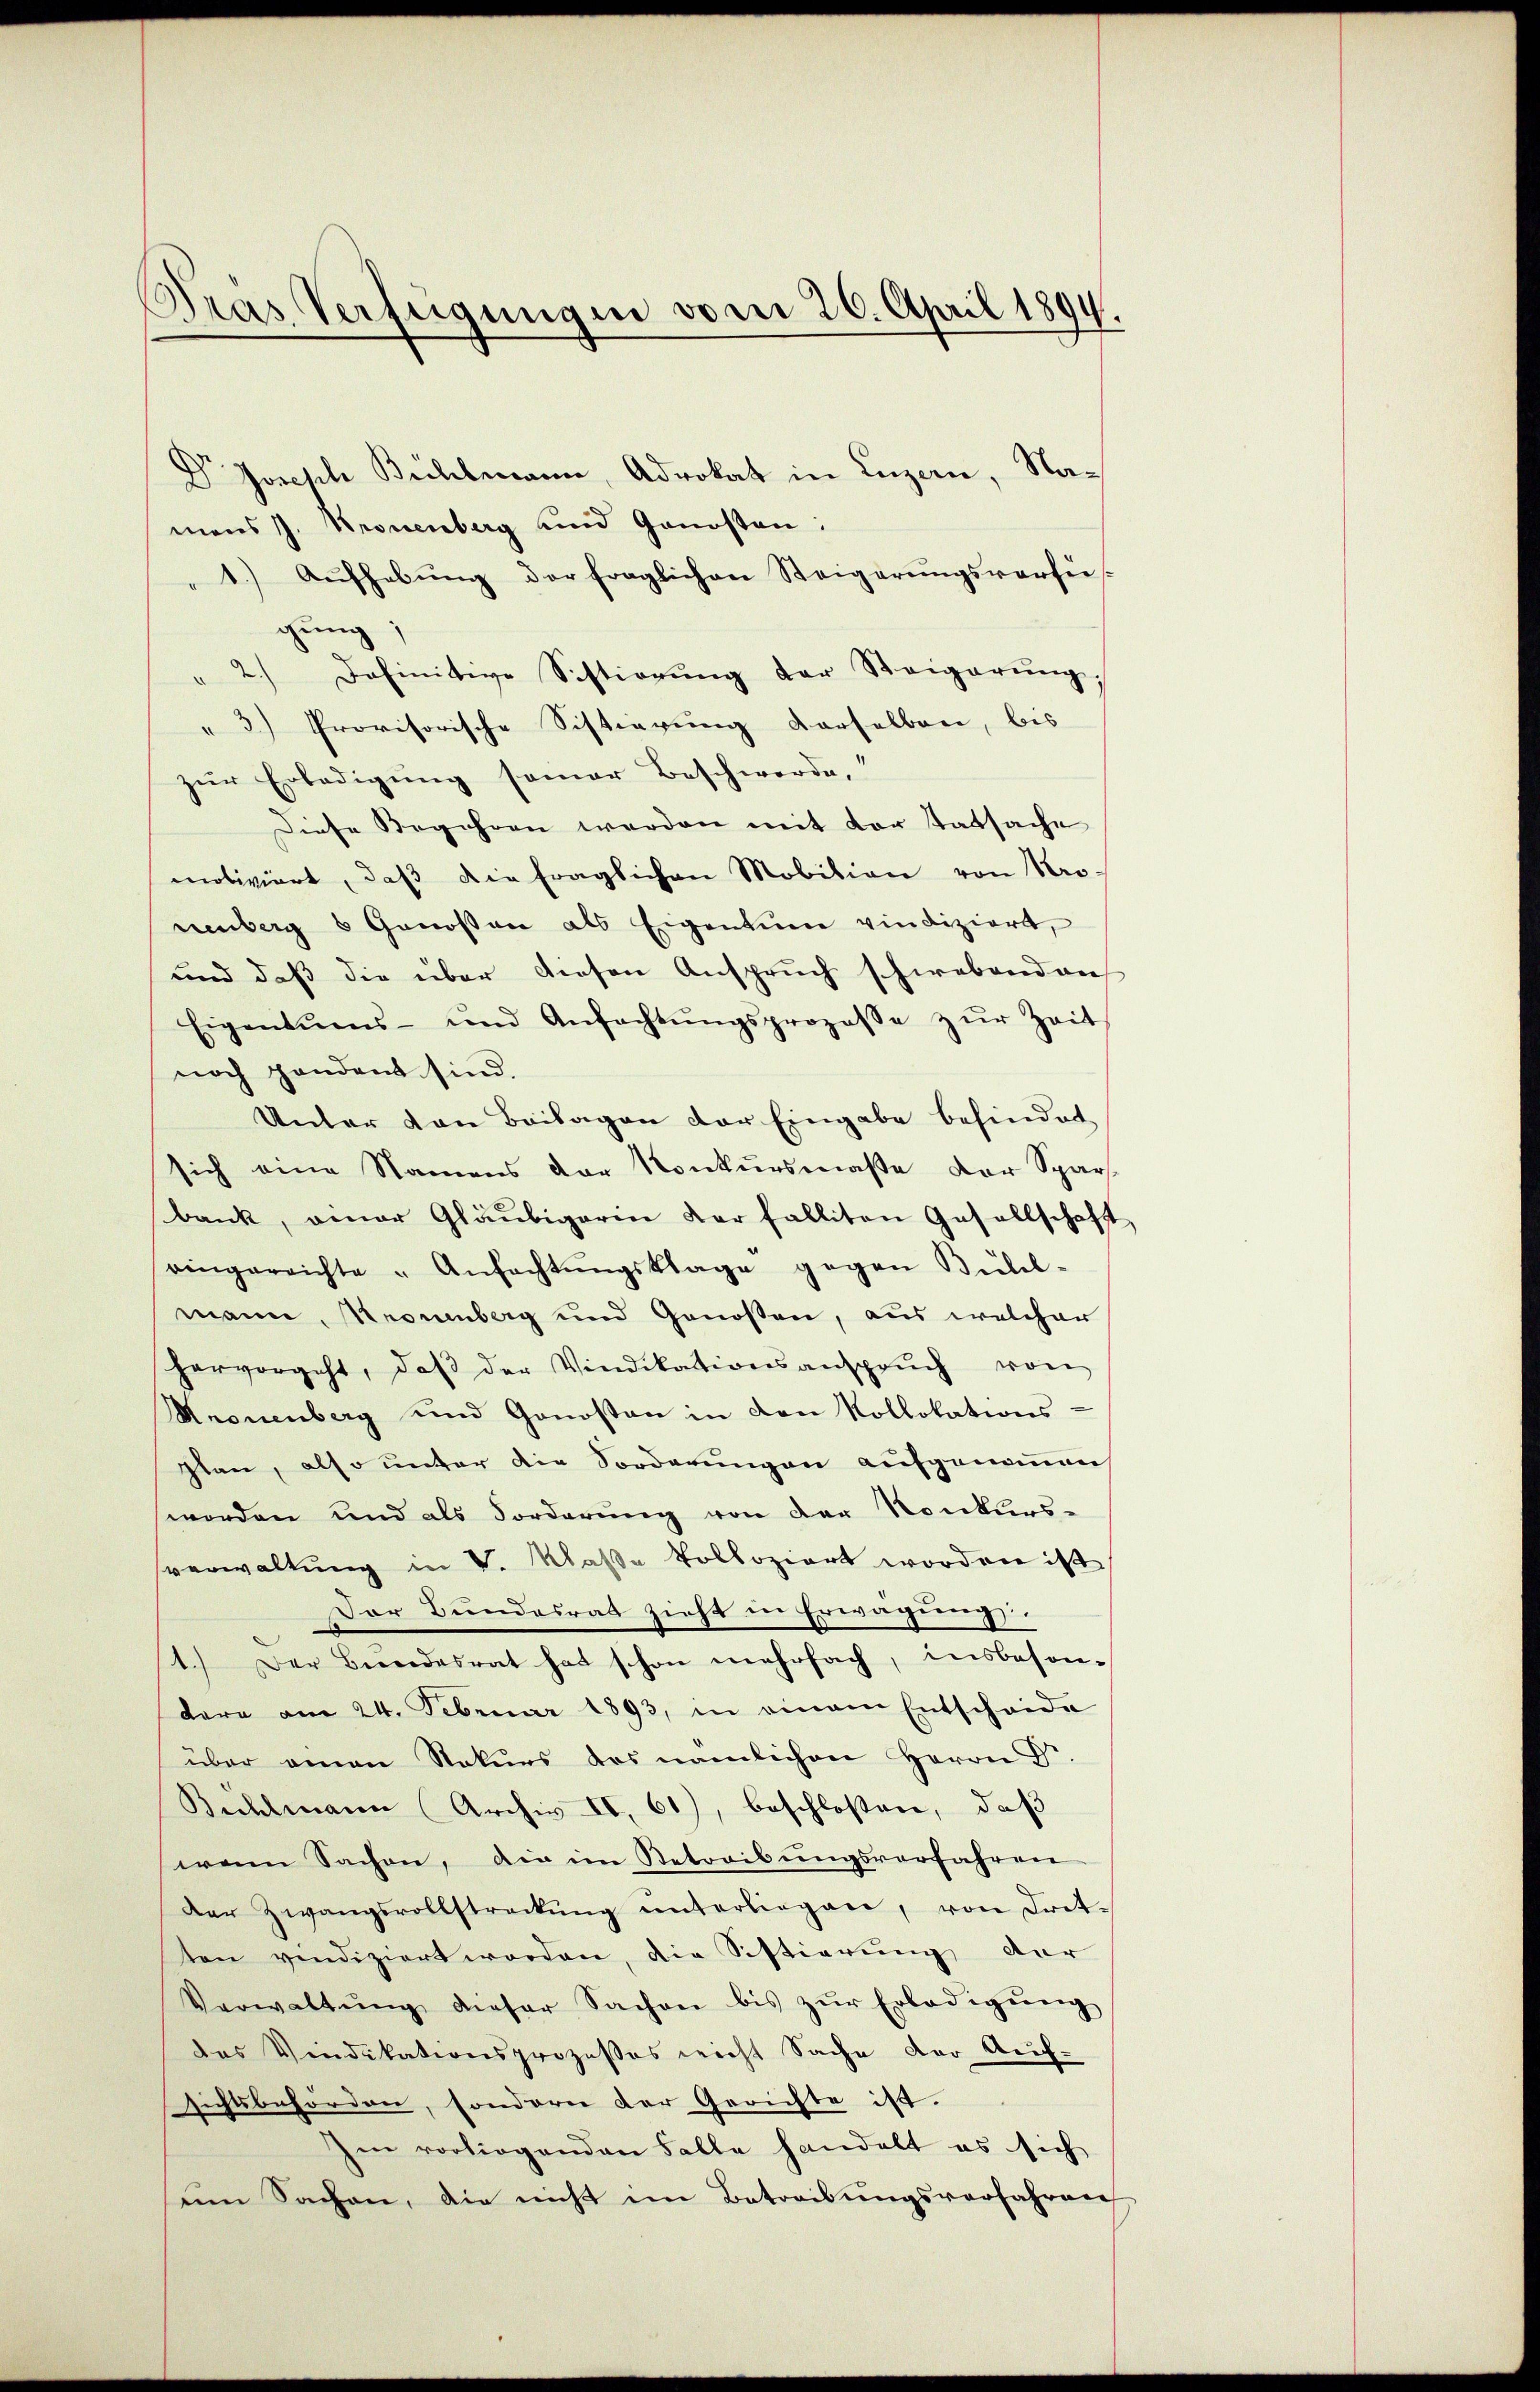
Dras Verfügungen vom 26. April 1894.

Dr Joseph Bühlmann, Advokat in Luzern, Namens J. Kronenberg und Genosten:
1. Aŭfhebŭng der fraglichen Steigerŭngsverfei-
gung;
" 2.) Definitive Sistierŭng der Steigerŭng,
"3) Provisorische Sistierung derselben, bis
zur Erledigung samer Beschwerde,
Diese Begehren werden mit der tatsache
motiviert, daβ die fraglichen Mobilian von Kro-
nenberg 8 Genoßen als Eigentum vindiziert,
und daß die über diesen Anspruch schwebenden
Eigentums- und Anfachtŭngsprozesse zŭr Zeit
noch handent sind.
Unter von Beilagen der Eingabe behindet
sich eine Namens der Konkursmaße der Spars
bank, einer Gläubigerin der falliten Gesellschaft
eingereichte "Anfachtŭngsklage gegen Bübel-
mann, Kronenberg und Genossen, aus welcher
hervorgeht, daβ der Vindikationsansprŭch von
Kronenberg und Genosten in den Kollokations-
Plan, also unter die Forderungen aufgenommen
worden und als Forderung von der Konkurs-
sverwaltung in V. Klaße tolloziert worden ist
Der Bundesrath zieht in Erwägung.
1.) Der Bundesrat hat schon mehrfach, insbeson-
dere am 24. Februar 1893, in einem Entscheide
über einen Rekurs des nämlichen Herrn Dr.
Behlmann Archiv II, 61), beschloßen, daß
wenn Sachen, die im Betreibŭngsverfahren
Der Zwangsvollstreckŭng ŭnterliegen, von Tret-
ten verdiziert worden, die Sistiarung dar
Verwaltŭng dieser Sachen bis zŭr Erledigŭng
des Vindikationsprozesses nicht Sache der Auf-
sichtsbehörden, sondern der Gerichte ist.
Im vorliegenden Falle handelt es sich
sein Sachen, die nicht im Betreibungsverfahren